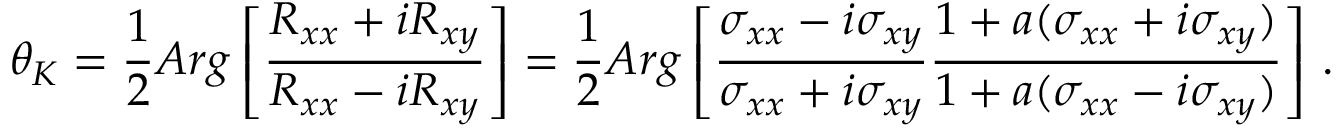
\theta _ { K } = \frac { 1 } { 2 } A r g \left[ \frac { R _ { x x } + i R _ { x y } } { R _ { x x } - i R _ { x y } } \right] = \frac { 1 } { 2 } A r g \left[ \frac { \sigma _ { x x } - i \sigma _ { x y } } { \sigma _ { x x } + i \sigma _ { x y } } \frac { 1 + a ( \sigma _ { x x } + i \sigma _ { x y } ) } { 1 + a ( \sigma _ { x x } - i \sigma _ { x y } ) } \right] \, .